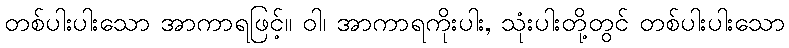
တစ်ပါးပါးသော အာကာရဖြင့်။ ဝါ၊ အာကာရကိုးပါး, သုံးပါးတို့တွင် တစ်ပါးပါးသော